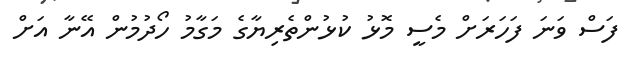
ފަސް ވަނަ ފަހަރަށް މެސީ މޮޅު ކުޅުންތެރިޔާގެ މަގާމު ހޯދުމުން އޭނާ އަށް